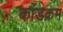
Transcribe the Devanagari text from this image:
कांडक्रम